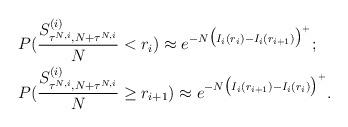
LaTeX: \begin{align*}\begin{aligned}&P(\frac{S^{(i)}_{\tau^{N,i},N+\tau^{N,i}}}N< r_i)\approx e^{-N\big(I_i(r_i)-I_i(r_{i+1})\big)^+};\\&P(\frac{S^{(i)}_{\tau^{N,i},N+\tau^{N,i}}}N\ge r_{i+1})\approx e^{-N\big(I_i(r_{i+1})-I_i(r_i)\big)^+}.\end{aligned}\end{align*}